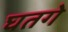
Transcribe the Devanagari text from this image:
घतगे